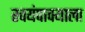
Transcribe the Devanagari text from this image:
स्वयंपाक्याला